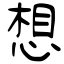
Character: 想